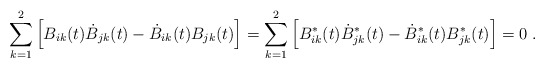
\begin{align*}\sum_{k=1}^2\left[ B_{ik}(t)\dot{B}_{jk}(t)-\dot{B}_{ik}(t)B_{jk}(t)\right]=\sum_{k=1}^2\left[B_{ik}^\ast(t)\dot{B}_{jk}^\ast(t)-\dot{B}_{ik}^\ast(t)B_{jk}^\ast(t)\right]=0\;.\end{align*}